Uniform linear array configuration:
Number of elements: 48
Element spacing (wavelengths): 0.75
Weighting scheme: hann
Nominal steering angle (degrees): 15
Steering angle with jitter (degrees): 16.767
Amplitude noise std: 0.05
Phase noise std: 0.05

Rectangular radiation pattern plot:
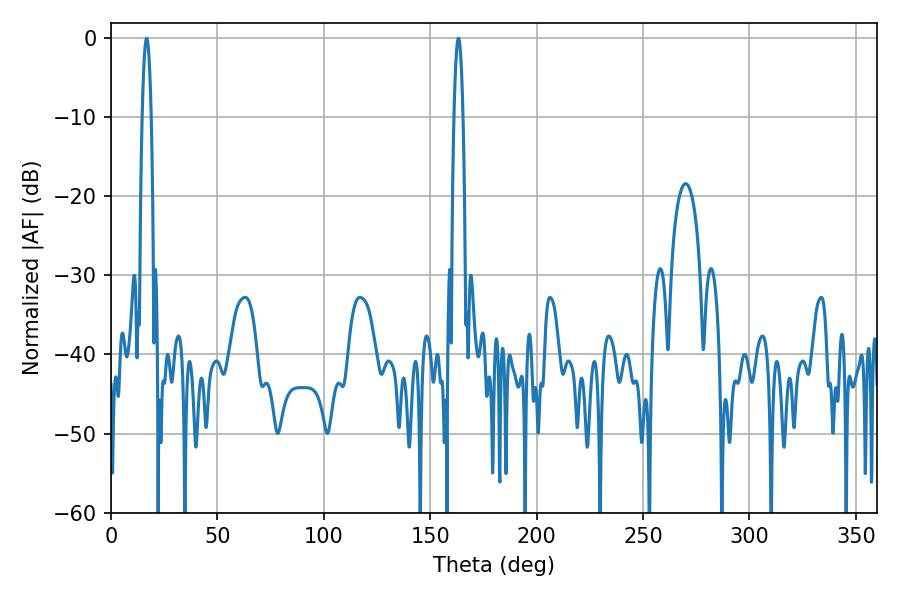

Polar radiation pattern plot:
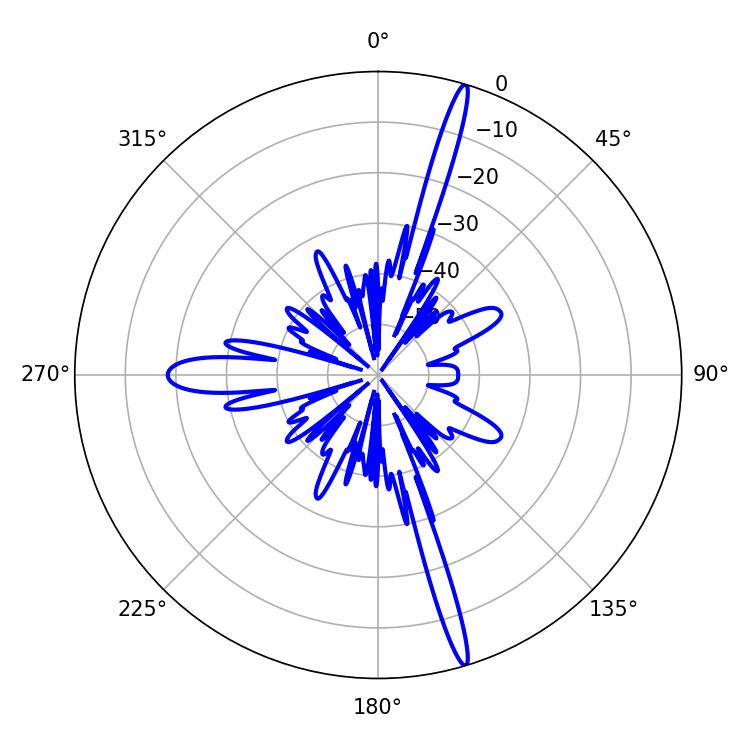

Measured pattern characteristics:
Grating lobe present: TRUE
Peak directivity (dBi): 19.279
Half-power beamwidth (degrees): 2.16
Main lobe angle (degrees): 16.74